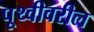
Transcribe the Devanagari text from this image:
पृ्थ्वीवरील